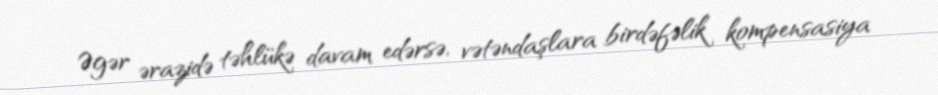
Əgər ərazidə təhlükə davam edərsə, vətəndaşlara birdəfəlik kompensasiya